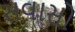
સવાસો